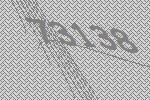
73138